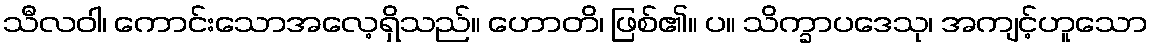
သီလဝါ၊ ကောင်းသောအလေ့ရှိသည်။ ဟောတိ၊ ဖြစ်၏။ ပ။ သိက္ခာပဒေသု၊ အကျင့်ဟူသော